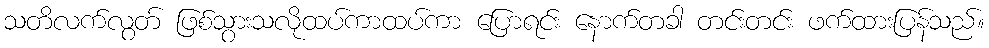
သတိလက်လွတ် ဖြစ်သွားသလိုထပ်ကာထပ်ကာ ပြောရင်း နောက်တခါ တင်းတင်း ဖက်ထားပြန်သည်။